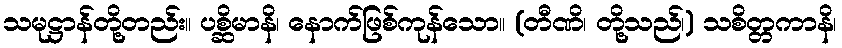
သမုဋ္ဌာန်တို့တည်း။ ပစ္ဆိမာနိ၊ နောက်ဖြစ်ကုန်သော။ (တီဏိ၊ တို့သည်၊) သစိတ္တကာနိ၊